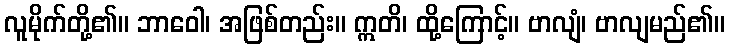
လူမိုက်တို့၏။ ဘာဝေါ၊ အဖြစ်တည်း။ ဣတိ၊ ထို့ကြောင့်။ ဗာလျံ၊ ဗာလျမည်၏။